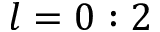
l = 0 : 2